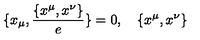
\{ x _ { \mu } , \frac { \{ x ^ { \mu } , x ^ { \nu } \} } { e } \} = 0 , \quad { \{ x ^ { \mu } , x ^ { \nu } \} }